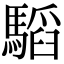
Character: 𩥅